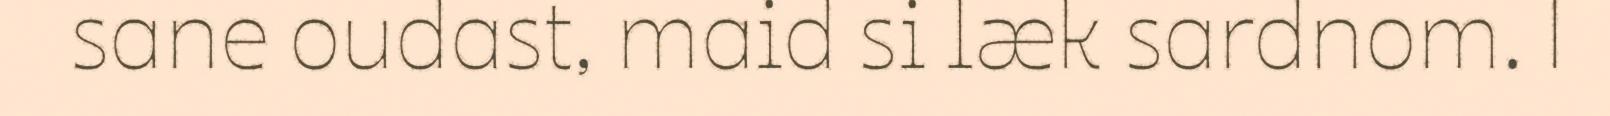
sane oudast, maid si læk sardnom. |